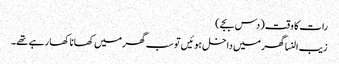
رات کا وقت (دس بجے)
زیب النسا گھر میں داخل ہوئیں تو سب گھر میں کھانا کھا رہے تھے۔